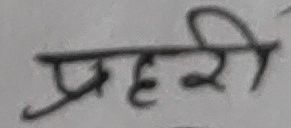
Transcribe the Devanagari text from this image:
प्रहरी